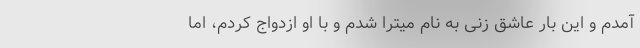
آمدم و این بار عاشق زنی به نام میترا شدم و با او ازدواج کردم، اما